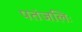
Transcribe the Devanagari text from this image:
पतंजलिः